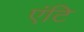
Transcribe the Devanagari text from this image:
एंटि